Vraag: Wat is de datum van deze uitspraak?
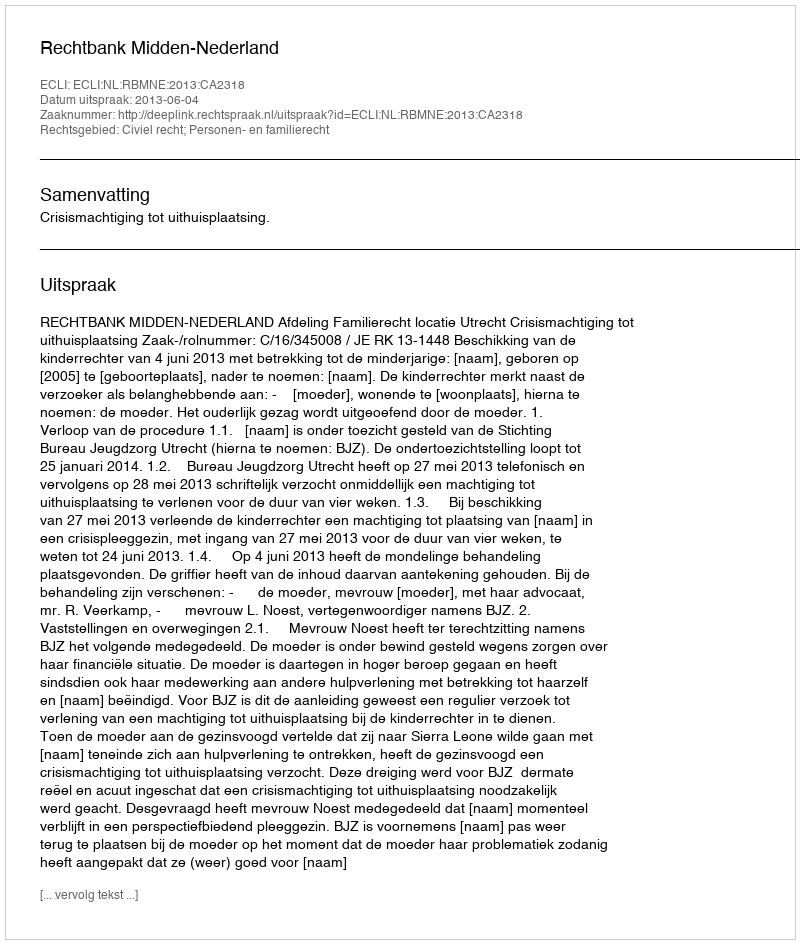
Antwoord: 2013-06-04